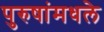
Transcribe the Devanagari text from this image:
पुरुषांमधले